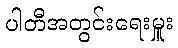
ပါတီအတွင်းရေးမှူး